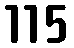
115